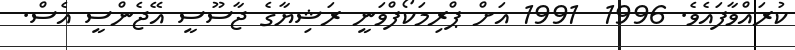
ކުރައްވާފައެވެ. 1996  1991 އަށް ޕްރިމަކޯފްވަނީ ރަޝިޔާގެ ޖާސޫސީ އޭޖެންސީ އެސް.